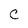
Character: C